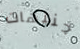
جنيهات